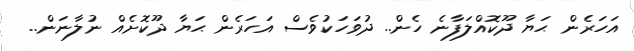
އަހަރެން ޙަޔާ ދޫކޮއްލަފާނެ ހެން.. ދުވަހަކުވެސް އަހަރެން ޙަޔާ ދޫކޮށެއް ނުލާނަން..